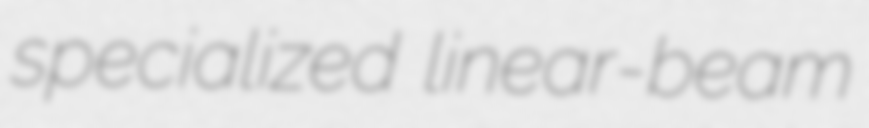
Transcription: specialized linear-beam